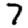
Digit: 7